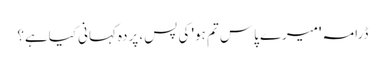
ڈرامہ 'میرے پاس تم ہو' کی پس، پردہ کہانی کیاہے؟